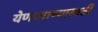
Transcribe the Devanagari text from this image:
येणाजाण्यासाठी